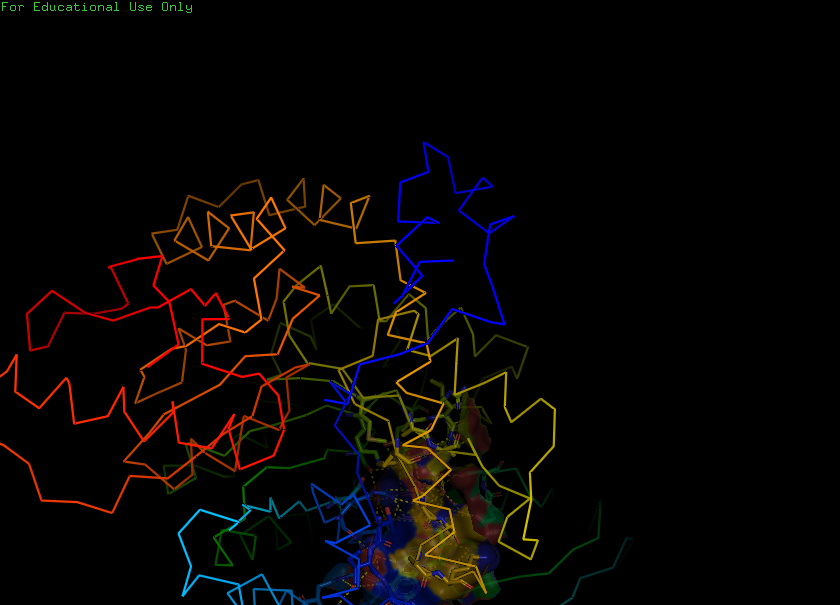
pymol, preset, ligand_sites_trans_hq